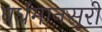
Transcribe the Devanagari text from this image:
वर्धमानसूरी